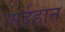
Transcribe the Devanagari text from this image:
अर्दहान